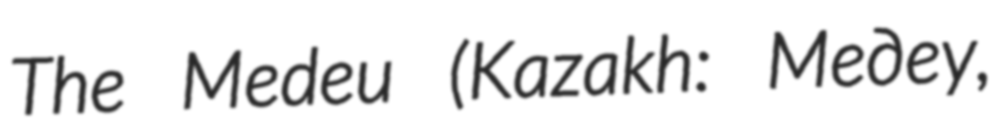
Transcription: The Medeu (Kazakh: Медеу,